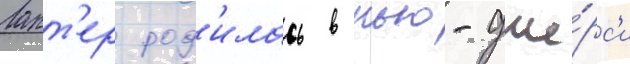
Ларт'ер род'илась в нью-дже́рс'и